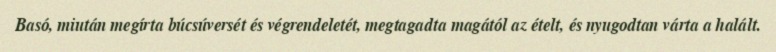
Basó, miután megírta búcsúversét és végrendeletét, megtagadta magától az ételt, és nyugodtan várta a halált.